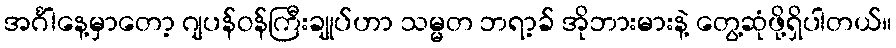
အင်္ဂါနေ့မှာတော့ ဂျပန်ဝန်ကြီးချုပ်ဟာ သမ္မတ ဘရာ့ခ် အိုဘားမားနဲ့ တွေ့ဆုံဖို့ရှိပါတယ်။